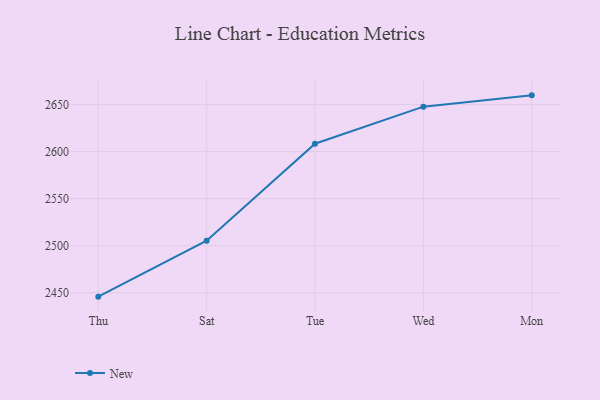
{"axis": {"x": "Day", "y": "Tickets Resolved"}, "legend": ["New"], "data": [{"x": "Thu", "y": 2445.9, "type": "New"}, {"x": "Sat", "y": 2505.4, "type": "New"}, {"x": "Tue", "y": 2608.4, "type": "New"}, {"x": "Wed", "y": 2647.8, "type": "New"}, {"x": "Mon", "y": 2659.8, "type": "New"}]}